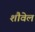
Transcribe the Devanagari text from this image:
शौवेल